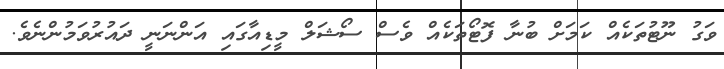
ވަގު ނޫޓުތަކެއް ކަމަށް ބުނާ ފޮޓޯތަކެއް ވެސް ސޯޝަލް މީޑިއާގައި އަންނަނީ ދައުރުވަމުންނެވެ.